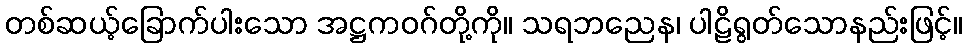
တစ်ဆယ့်ခြောက်ပါးသော အဋ္ဌကဝဂ်တို့ကို။ သရဘညေန၊ ပါဠိရွတ်သောနည်းဖြင့်။